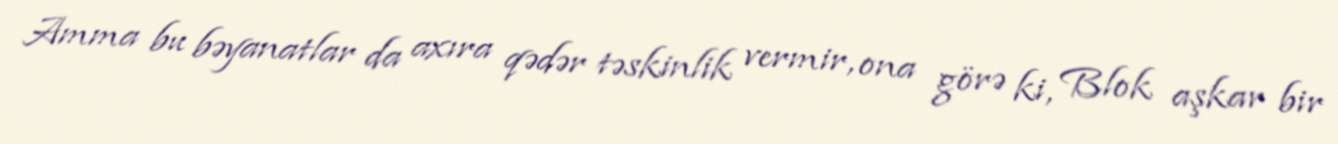
Amma bu bəyanatlar da axıra qədər təskinlik vermir, ona görə ki, Blok aşkar bir